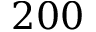
2 0 0